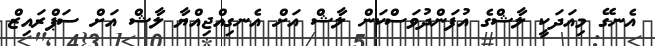
އެނގޭ މިއަދަކީ ލާޝްގެ އުފަންދުވަސްކަން ލާޝް އަށް އެނގިއްޖިއްޔާ ލާޝް އަށް ސަޕްރައިޒް